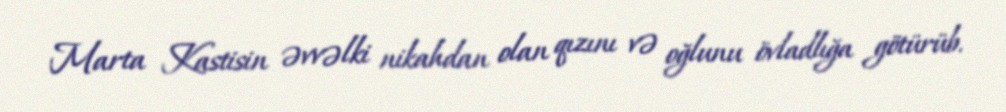
Marta Kastisin əvvəlki nikahdan olan qızını və oğlunu övladlığa götürüb.